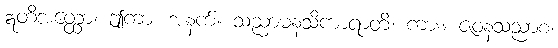
ဣတိအတ္ထော၊ ဤကား အနက်။ သညာမနသိကာရာတိ၊ ကား။ ဇဝနသညာစ၊